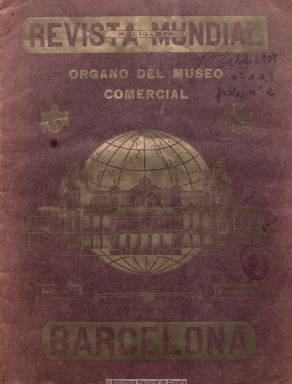
Título: Revista mundial (Barcelona)
Colección: Revistas de información general || Industria || Economía
Ámbito geográfico: Barcelona
Lugar de publicación: Barcelona
Fechas: 01/01/1909-30/09/1909

Con periodicidad mensual, aparece en enero de 1909 como órgano del Museo Comercial, sede barcelonesa dedicada a la exposición permanente de mercancías, promovido por la Unión de Productores de España para el Fomento de la Exportación, intervenido y asesorado por la Cámara Oficial de Comercio y el Fomento del Trabajo Nacional y subvencionado por el Ayuntamiento de Barcelona.

Con el subtítulo de “economía, artes y turismo”, es una típica publicación de carácter comercial e industrial, que incluye artículos de propaganda sobre el progreso de la producción y el mercado de bienes de consumo, así como artículos y noticias de transportes, ofertas y demandas, publireportajes sobre industria, e incluso de arquitectura, artes y unas páginas literarias.

Con un diseño modernista y con 36 páginas, incluye, asimismo, grabados y fotografías, y láminas a color. En la colección de la BNE falta el número 2, correspondiente a febrero de 1909, y otros ejemplares de este año incluyen cuatro páginas correspondientes a Revista mercantil de la plaza y puerto de Barcelona. Aunque era venal, se distribuyó gratutitamente en corporaciones, cámaras de comercio, ateneos, bolsas y grandes hoteles. Se siguió editando en años posteriores.

Enrique Vilalta fue el director; Román Espí, el gerente, y Felipe Pons Solanas, que llegaría a ser secretario general de la Federación Patronal de Cataluña, su redactor-jefe.